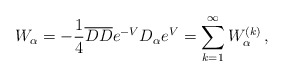
\begin{align*}W_{\alpha}=-\frac{1}{4} {\overline D}{\overline D} e^{-V}D_{\alpha}e^{V}=\sum_{k=1}^{\infty} W_{\alpha}^{(k)} \, ,\end{align*}